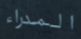
المدراء